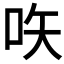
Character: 𠱈